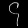
Digit: ၄